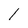
Character: 1